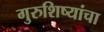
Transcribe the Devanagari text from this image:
गुरुशिष्यांचा